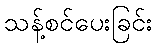
သန့်စင်ပေးခြင်း